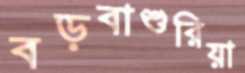
বড়বাশুরিয়া